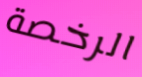
الرخصة